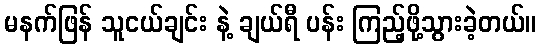
မနက်ဖြန် သူငယ်ချင်း နဲ့ ချယ်ရီ ပန်း ကြည့်ဖို့သွားခဲ့တယ်။